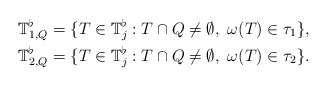
\begin{align*}\mathbb T_{1,Q}^{\flat} &=\{ T \in \mathbb T_{j}^{\flat}: T \cap Q \neq \emptyset,~ \omega(T) \in \tau_1 \}, \\\mathbb T_{2,Q}^{\flat} &=\{ T \in \mathbb T_{j}^{\flat}: T \cap Q \neq \emptyset,~ \omega(T) \in \tau_2 \}. \end{align*}